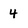
Character: 4